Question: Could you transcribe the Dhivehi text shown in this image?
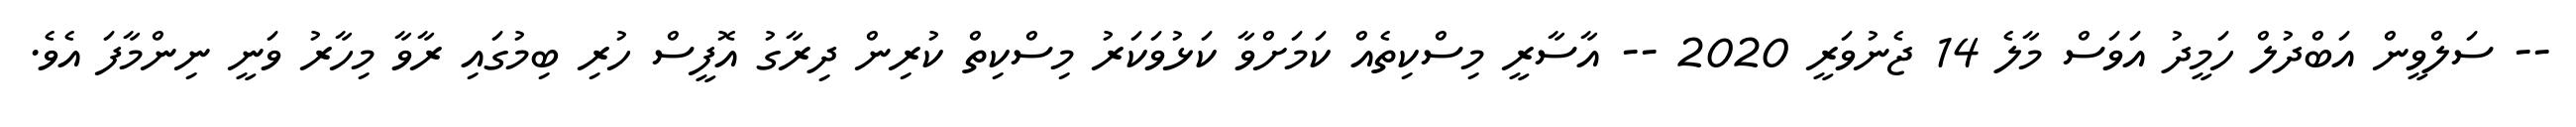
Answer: -- ސަލްވީން އަބްދުލް ހަމީދު އަވަސް މާލެ 14 ޖެނުވަރީ 2020 -- އާސާރީ މިސްކިތެއް ކަމަށްވާ ކަޅުވަކަރު މިސްކިތް ކުރިން ދިރާގު އޮފީސް ހުރި ބިމުގައި ރާވާ މިހާރު ވަނީ ނިންމާފަ އެވެ.